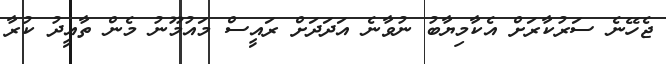
ޖެހޭނެ ސަރުކާރަށް އެކާމިޔާބު ނުވާނެ އަދަދަށް ރައީސް މައުމޫނު މެން ތާއީދު ކުރާ